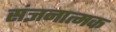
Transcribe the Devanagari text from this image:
संज्ञनात्मक